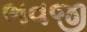
ભવજી